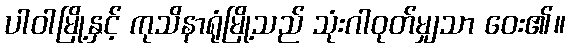
ပါဝါမြို့နှင့် ကုသိနာရုံမြို့သည် သုံးဂါဝုတ်မျှသာ ဝေး၏။